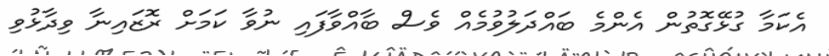
އެކަމާ ގުޅޭގޮތުން އެންމެ ބައްދަލުވުމެއް ވެސް ބާއްވާފައި ނުވާ ކަމަށް ރޮޒައިނާ ވިދާޅުވި